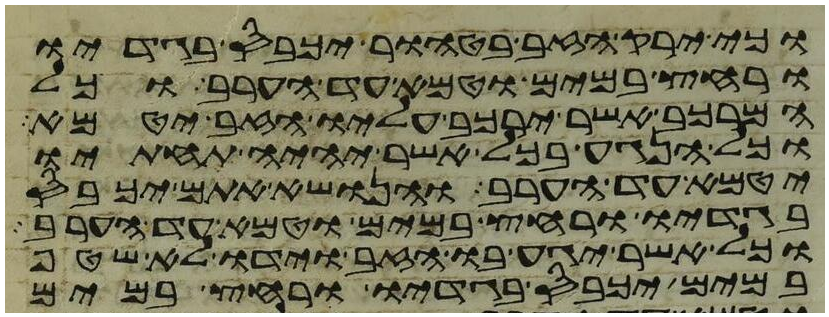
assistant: וכי ירק הזב בטהור יכבס בגדיו
ורחץ במים וטמא עד הערב וכל
המרכב אשר ירכב עליו הזב יטמא
וכל הנגע בכל אשר יהיה תחתיו
יטמא עד הערב והנושא אתם יכבס
בגדיו ורחץ במים וטמא עד הערב
וכל אשר יגע בו הזב וידו לא שטף
במים יכבס בגדיו ורחץ במים